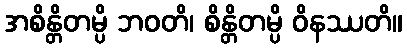
အစိန္တိတမ္ပိ ဘဝတိ၊ စိန္တိတမ္ပိ ဝိနဿတိ။